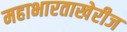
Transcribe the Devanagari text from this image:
महाभारताखेरीज